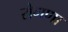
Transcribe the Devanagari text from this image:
रोगणा